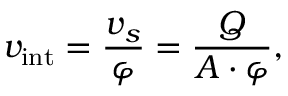
v _ { \mathrm { i n t } } = \frac { v _ { s } } { \varphi } = \frac { Q } { A \cdot \varphi } ,